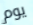
يوم